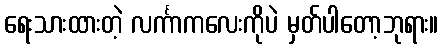
ရေးသားထားတဲ့ လင်္ကာကလေးကိုပဲ မှတ်ပါတော့ဘုရား။